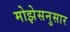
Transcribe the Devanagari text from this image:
मोझेसनुसार